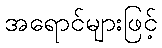
အရောင်များဖြင့်